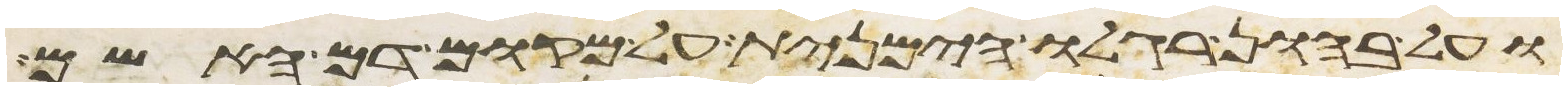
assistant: ועל בהון רגלו הימנית על מקום דם האשם